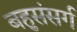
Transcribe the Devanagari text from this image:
बहुसंसर्ग